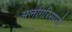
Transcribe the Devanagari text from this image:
अलगिरिसामी